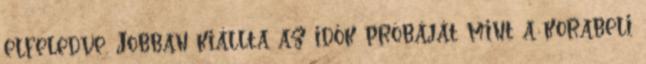
elfeledve. Jobban kiállta az idők próbáját mint a korabeli